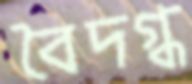
বৈদগ্ধ